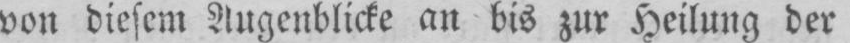
von diesem Augenblicke an bis zur Heilung der